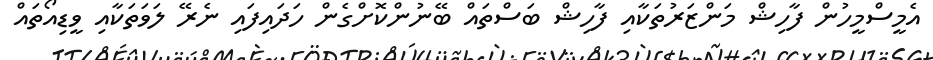
އެމީސްމީހުން ފާހިޝް މަންޒަރުތަކާއި ފާހިޝް ބަސްތައް ބޭނުންކޮށްގެން ހަދައިފައި ނެރޭ ލަވަތަކާއި ވީޑިއޯތައް